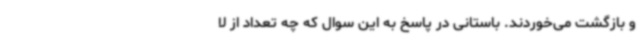
و بازگشت می‌خوردند. باستانی در پاسخ به این سوال که چه تعداد از لا